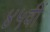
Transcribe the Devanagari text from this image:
४५वीं